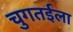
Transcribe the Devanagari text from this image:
चुगतईला